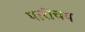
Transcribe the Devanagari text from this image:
पारीचय